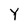
Character: Y